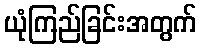
ယုံကြည်ခြင်းအတွက်